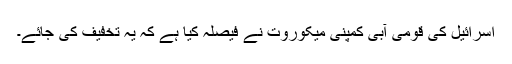
اسرائیل کی قومی آبی کمپنی میکوروت نے فیصلہ کیا ہے کہ یہ تخفیف کی جائے۔